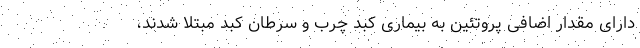
دارای مقدار اضافی پروتئین به بیماری کبد چرب و سرطان کبد مبتلا شدند،